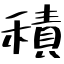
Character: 積